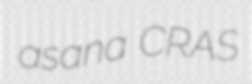
asana CRAS